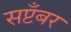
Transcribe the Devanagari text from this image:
सप्टँबर